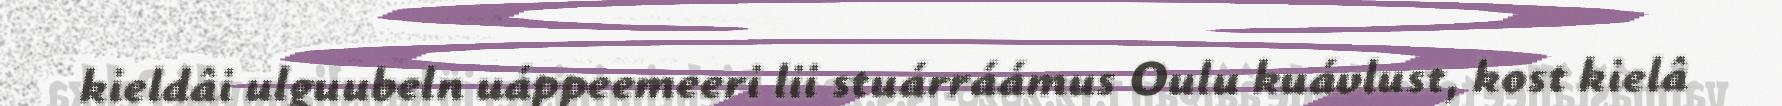
kieldâi ulguubeln uáppeemeeri lii stuárráámus Oulu kuávlust, kost kielâ